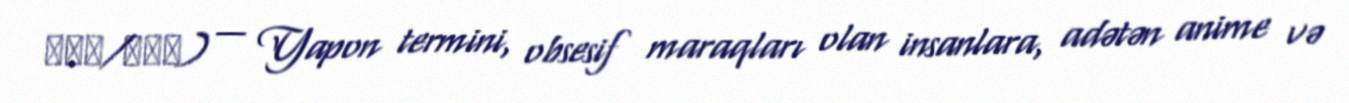
おたく/オタク) — Yapon termini, obsesif maraqları olan insanlara, adətən anime və